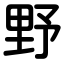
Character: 野